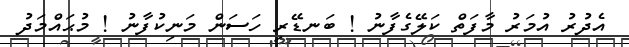
އެދުރު އުމަރު މާފަތް ކަލޭގެފާނު ! ބަނޑޭރި ހަސަން މަނިކުފާނު ! މުޙައްމަދު